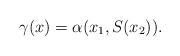
LaTeX: \begin{align*}\gamma(x) = \alpha(x_1,S(x_2)).\end{align*}